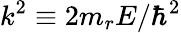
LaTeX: k^{2}\equiv 2m_{r}E/\hbar^{2}